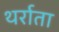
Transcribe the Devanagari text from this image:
थर्राता